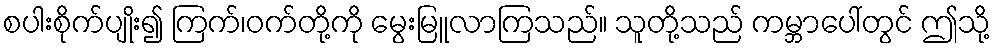
စပါးစိုက်ပျိုး၍ ကြက်၊ဝက်တို့ကို မွေးမြူလာကြသည်။ သူတို့သည် ကမ္ဘာပေါ်တွင် ဤသို့